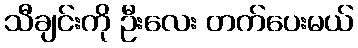
သီချင်းကို ဦးလေး တက်ပေးမယ်